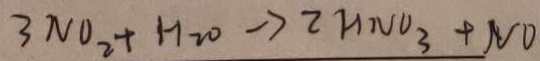
3 N O _ { 2 } + H _ { 2 } O \rightarrow 2 H N O _ { 3 } + N O